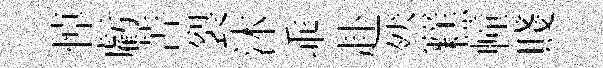
悼虧苦裂沐乖赴然糕幢賤